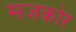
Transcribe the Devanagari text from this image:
मज़कोर